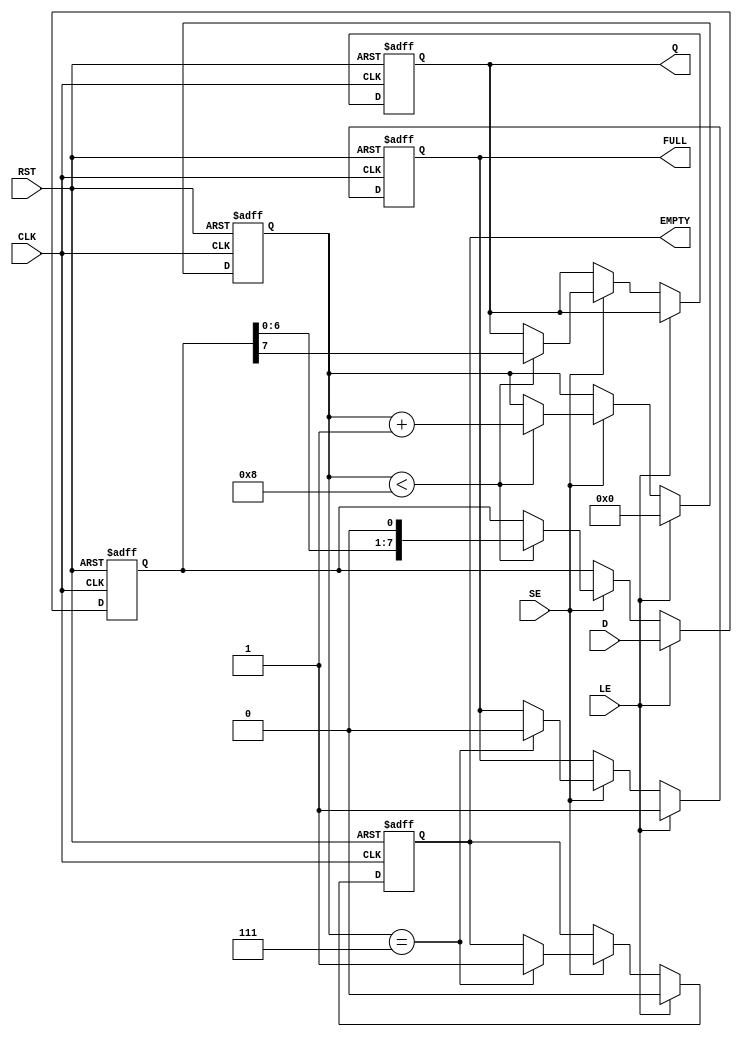
module piso_register #(
    parameter N = 8 // Configurable bit width
)(
    input  wire [N-1:0] D,       // Parallel Data Input
    input  wire LE,               // Load Enable
    input  wire SE,               // Shift Enable
    input  wire CLK,              // Clock
    input  wire RST,              // Reset
    output reg  Q,                // Serial Output
    output reg  FULL,             // Full Flag
    output reg  EMPTY             // Empty Flag
);

    reg [N-1:0] shift_reg;        // Shift register to hold the data
    reg [3:0] count;              // Counter to track the number of bits shifted out

    // Asynchronous Reset
    always @(posedge CLK or posedge RST) begin
        if (RST) begin
            shift_reg <= {N{1'b0}}; // Clear the register
            Q <= 1'b0;              // Clear the serial output
            FULL <= 1'b0;          // Clear the FULL flag
            EMPTY <= 1'b1;         // Set the EMPTY flag
            count <= 0;            // Reset count
        end else begin
            if (LE) begin
                shift_reg <= D;     // Load parallel data into the register
                FULL <= 1'b1;       // Set FULL flag as data is loaded
                EMPTY <= 1'b0;      // Clear EMPTY flag
                count <= 0;         // Reset count
            end else if (SE) begin
                if (count < N) begin
                    Q <= shift_reg[N-1]; // Output the MSB
                    shift_reg <= {shift_reg[N-2:0], 1'b0}; // Shift right, fill LSB with 0
                    count <= count + 1; // Increment the count
                end
                if (count == N-1) begin
                    FULL <= 1'b0;       // Clear FULL flag when all bits are shifted out
                    EMPTY <= 1'b1;      // Set EMPTY flag
                end
            end
        end
    end

endmodule